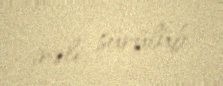
irəli sürülüb.